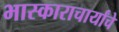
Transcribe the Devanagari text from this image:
भास्काराचार्यांचे